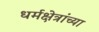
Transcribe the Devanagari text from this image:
धर्मक्षेत्रांच्या